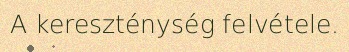
A kereszténység felvétele.